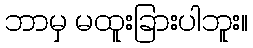
ဘာမှ မထူးခြားပါဘူး။